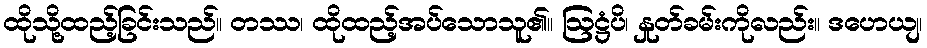
ထိုသို့ထည့်ခြင်းသည်။ တဿ၊ ထိုထည့်အပ်သောသူ၏။ ဩဋ္ဌံပိ၊ နှုတ်ခမ်းကိုလည်း။ ဒဟေယျ၊